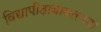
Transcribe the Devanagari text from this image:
विद्यापीठाबाबतच्या